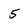
Character: 5